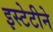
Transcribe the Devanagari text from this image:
इस्टेटीने